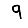
Digit: 9